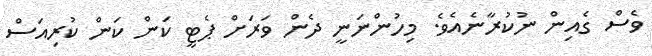
ވެސް ގެއިން ނުކުރާނެއެވެ. މިހުންނަނީ ދެން ވަރަށް ޕެޓީ ކަން ކަން ކުރިއަސް